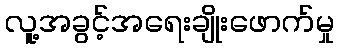
လူ့အခွင့်အရေးချိုးဖောက်မှု